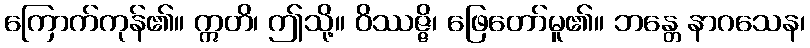
ကြောက်ကုန်၏။ ဣတိ၊ ဤသို့။ ဝိဿဇ္ဇိ၊ ဖြေတော်မူ၏။ ဘန္တေ နာဂသေန၊